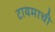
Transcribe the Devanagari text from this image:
टायमाची